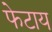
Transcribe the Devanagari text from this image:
फेटाय